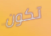
تكون